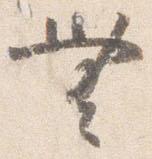
無